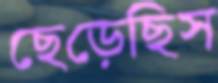
ছেড়েছিস